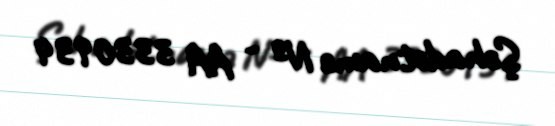
Şəhadətnamə № - AA 3330934